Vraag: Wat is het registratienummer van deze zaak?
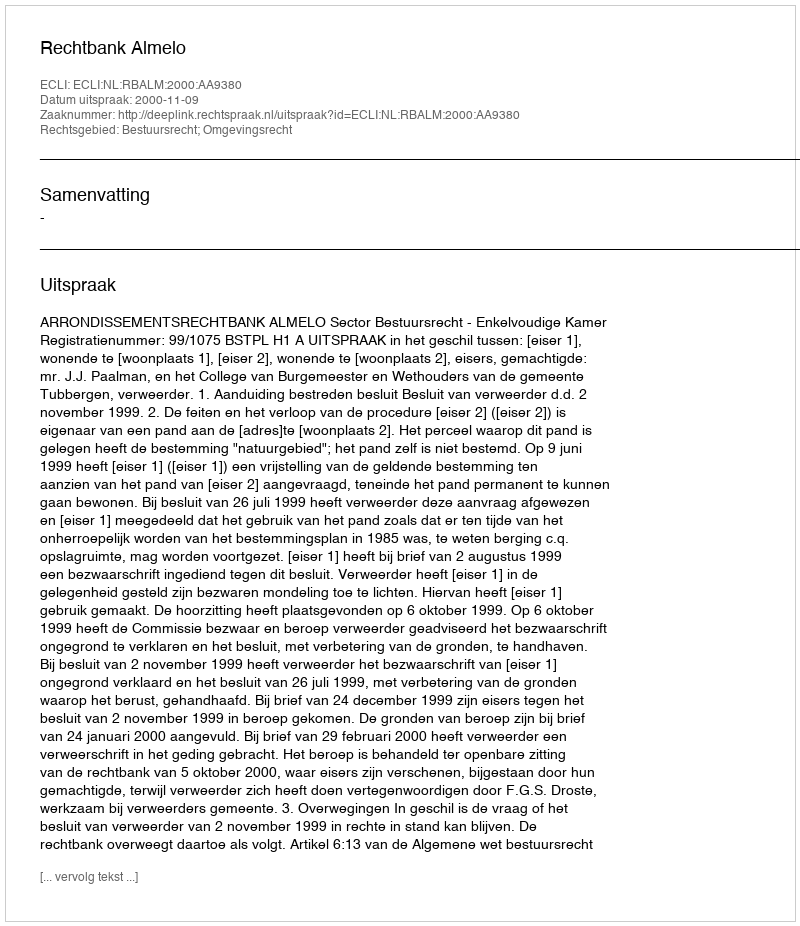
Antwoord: http://deeplink.rechtspraak.nl/uitspraak?id=ECLI:NL:RBALM:2000:AA9380